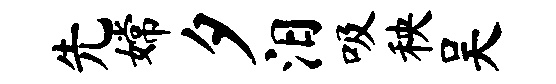
先嫦夕汨吸秧吴